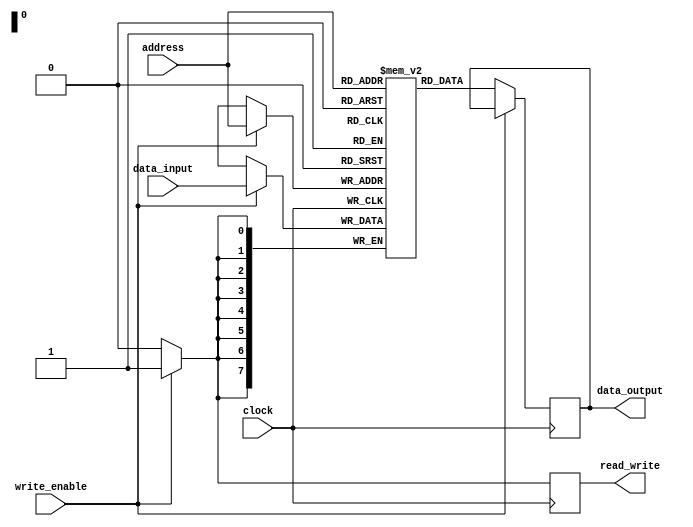
module RAM (
    input wire [7:0] address,
    input wire [7:0] data_input,
    input wire write_enable,
    input wire clock,
    output reg [7:0] data_output,
    output reg read_write
);

reg [7:0] memory [0:255]; // 256 address locations for memory array

always @(posedge clock) begin
    if (write_enable) begin
        memory[address] <= data_input;
        read_write <= 1'b1; // Write operation
    end else begin
        data_output <= memory[address];
        read_write <= 1'b0; // Read operation
    end
end

endmodule